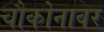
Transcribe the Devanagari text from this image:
चौकोनावर